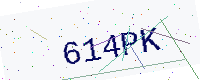
Text: 614PK